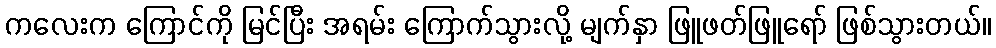
ကလေးက ကြောင်ကို မြင်ပြီး အရမ်း ကြောက်သွားလို့ မျက်နှာ ဖြူဖတ်ဖြူရော် ဖြစ်သွားတယ်။